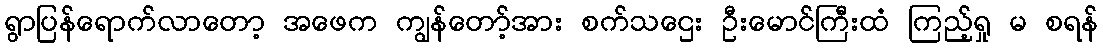
ရွာပြန်ရောက်လာတော့ အဖေက ကျွန်တော့်အား စက်သဌေး ဦးမောင်ကြီးထံ ကြည့်ရှု မ စရန်